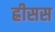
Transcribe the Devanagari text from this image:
ह्रीसस